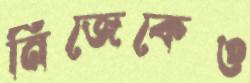
নিজেকেও